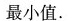
最小值。